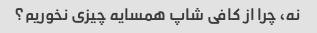
نه، چرا از کافی شاپ همسایه چیزی نخوریم؟